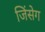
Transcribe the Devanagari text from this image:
जिंसेग